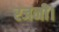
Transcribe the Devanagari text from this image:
रजनी।